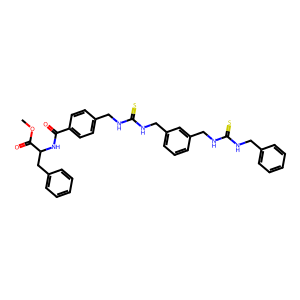
SMILES: COC(=O)C(Cc1ccccc1)NC(=O)c1ccc(CNC(=S)NCc2cccc(CNC(=S)NCc3ccccc3)c2)cc1
Inhibits HIV replication: No